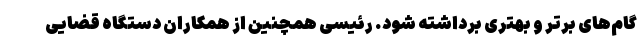
گام‌های برتر و بهتری برداشته شود. رئیسی همچنین از همکاران دستگاه قضایی